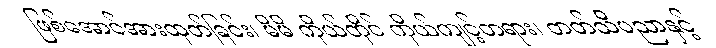
ဖြစ်အောင်အားထုတ်ခြင်း၊ မိမိ ကိုယ်တိုင် ကိုယ်ကျင့်တရား၊ တတ်သိပညာနှင့်